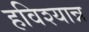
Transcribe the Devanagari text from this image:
हविश्यान्न